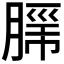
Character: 𮌦